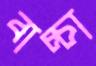
বাচ্চা